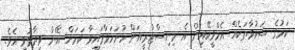
ކަމުގެ ޝަކުވާތަކެއް އެމްވީކޭއިން އެ މިނިސްޓްރީއަށް ހުށަހަޅާފައިވާ ކަމަށް އޭނާ ވިދާޅުވި އެވެ.